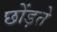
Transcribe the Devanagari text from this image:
छोंड़ते